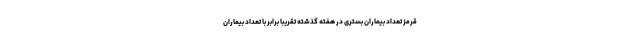
قرمز تعداد بیماران بستری در هفته گذشته تقریبا برابر با تعداد بیماران